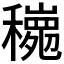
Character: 𱶩